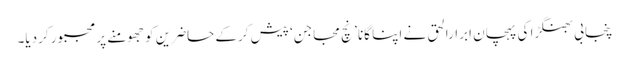
پنجابی بھنگڑا کی پہچان ابرارالحق نے اپنا گانا ’ نچ مجاجن‘ پیش کرکے حاضرین کو جھومنے پر مجبور کردیا۔